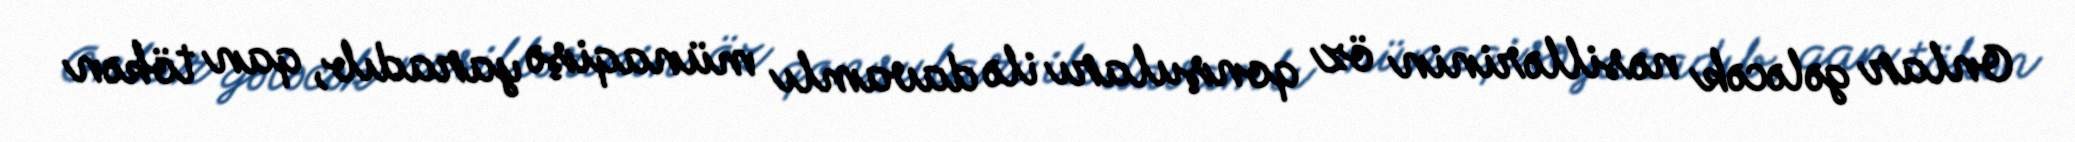
Onlar gələcək nəsillərinin öz qonşuları ilə davamlı münaqişə yaradıb, qan tökən